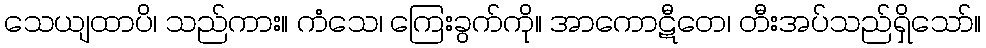
သေယျထာပိ၊ သည်ကား။ ကံသေ၊ ကြေးခွက်ကို။ အာကောဋီတေ၊ တီးအပ်သည်ရှိသော်။